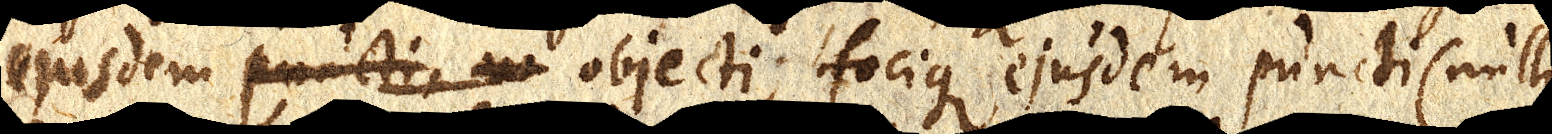
ejusdem puncti, objecti; focique ejusdem puncti (nullius